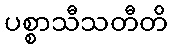
ပစ္စာသီသတီတိ